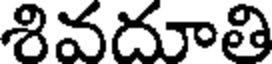
శివదూతి